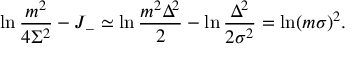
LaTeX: \ln \frac { m ^ { 2 } } { 4 \Sigma ^ { 2 } } - J _ { - } \simeq \ln \frac { m ^ { 2 } \Delta ^ { 2 } } { 2 } - \ln \frac { \Delta ^ { 2 } } { 2 \sigma ^ { 2 } } = \ln ( m \sigma ) ^ { 2 } .